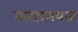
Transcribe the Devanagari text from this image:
नाटय़मयता